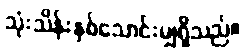
သုံးသိန်းနှစ်သောင်းမျှရှိသည်။